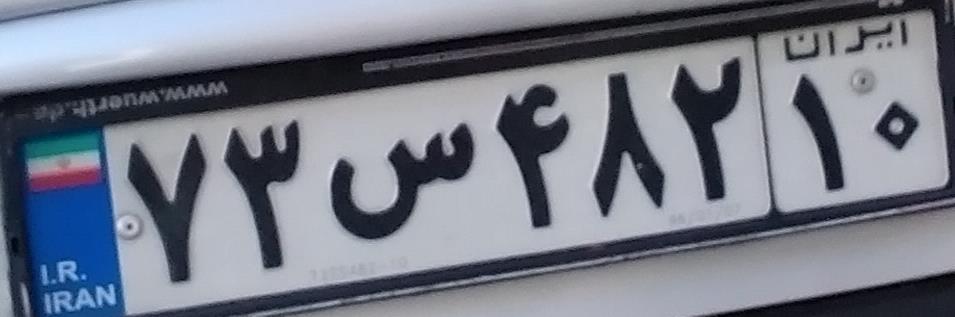
۷۳س۴۸۲۱۰